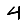
Digit: 4